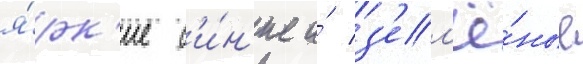
я́рк'ие с'и́н'ие и́ з'ел'ё́ные